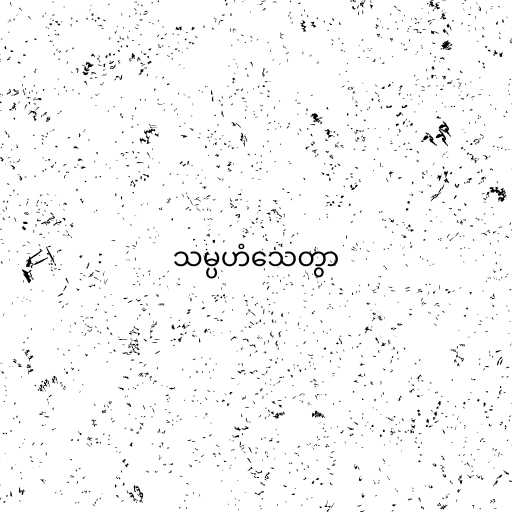
သမ္ပဟံသေတွာ